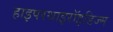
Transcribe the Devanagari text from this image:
हाइपरथाइरॉइडिज्म